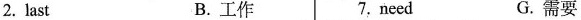
2.last B.工作 7.need G.需要